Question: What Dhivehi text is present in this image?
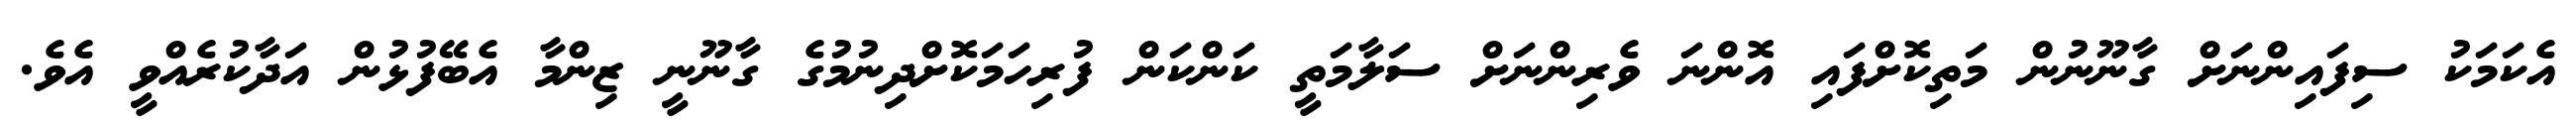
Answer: އެކަމަކު ސިފައިންނަށް ގާނޫނުން މަތިކޮށްފައި އޮންނަ ވެރިންނަށް ސަލާމަތީ ކަންކަން ފުރިހަމަކޮށްދިނުމުގެ ގާނޫނީ ޒިންމާ އެބޭފުޅުން އަދާކުރެއްވީ އެވެ.